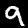
Label: 9